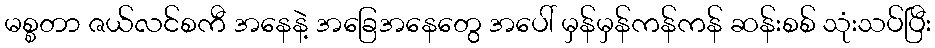
မစ္စတာ ဇယ်လင်စကီ အနေနဲ့ အခြေအနေတွေ အပေါ် မှန်မှန်ကန်ကန် ဆန်းစစ် သုံးသပ်ပြီး